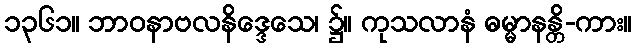
၁၃၆၁။ ဘာဝနာဗလနိဒ္ဒေသေ၊ ၌။ ကုသလာနံ ဓမ္မာနန္တိ-ကား။